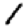
Digit: 1